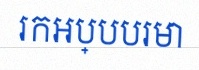
រកអប្បបរមា